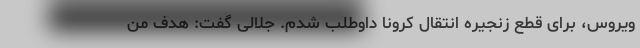
ویروس، برای قطع زنجیره انتقال کرونا داوطلب شدم. جلالی گفت: هدف من